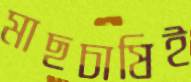
মাছচাষিই